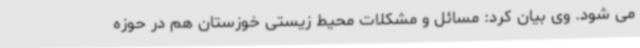
می شود. وی بیان کرد: مسائل و مشکلات محیط زیستی خوزستان هم در حوزه